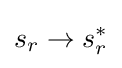
s_{r}\rightarrow s_{r}^{*}